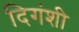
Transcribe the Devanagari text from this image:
दिगंशी